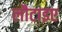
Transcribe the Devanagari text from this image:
लौटाइए